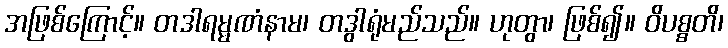
အဖြစ်ကြောင့်။ တဒါရမ္မဏံနာမ၊ တဒွါရုံမည်သည်။ ဟုတွာ၊ ဖြစ်၍။ ဝိပစ္စတိ၊